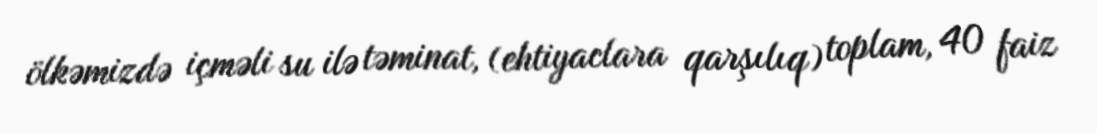
ölkəmizdə içməli su ilə təminat, (ehtiyaclara qarşılıq) toplam, 40 faiz